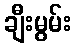
ချီးမွမ်း